Civil Veterinary Department. Central Provinces & Berar 1932-41 - 1932-1941
Year: 1932
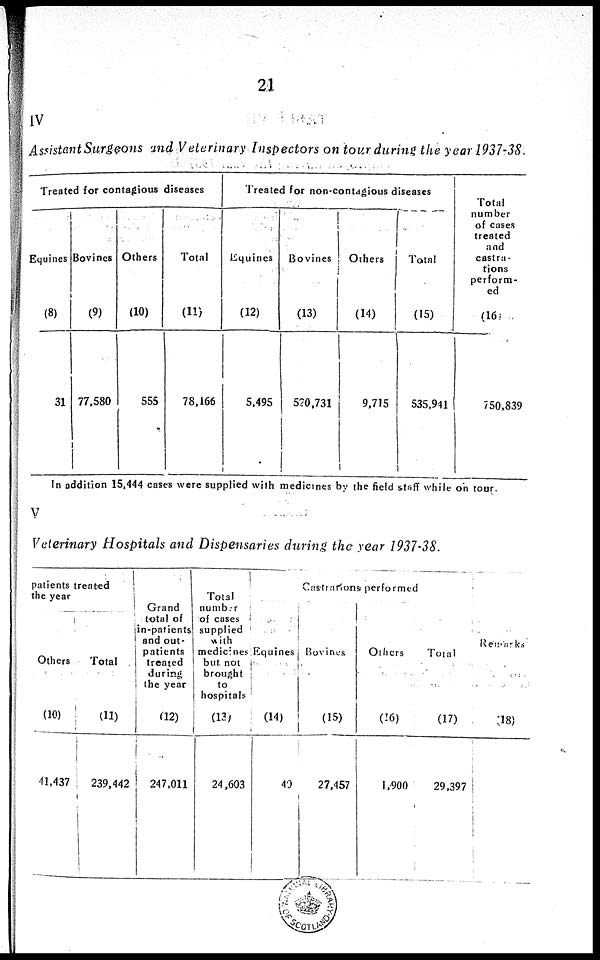
21
IV
Assistant Surgeons and Veterinary Inspectors on tour during the year 1937-38.
Treated for contagious diseases
Equines
(8)
31
Bovines
(9)
77,580
Others
(10)
555
Total
(11)
78,166
Treated for non-contagious diseases
Equines
(12)
5,495
Bovines
(13)
520,731
Others
(14)
9,715
Total
(15)
535,941
Total
number
of cases
treated
and
castra-
tions
perform-
ed
(16)
750,839
In addition 15,444 cases were supplied with medicines by the field staff while on tour.
V
Veterinary Hospitals and Dispensaries during the year 1937-38.
patients treated
the year
Others
(10)
41,437
Total
(11)
239,442
Grand
total of
in-patients
and out-
patients
treated
during
the year
(12)
247,011
Total
number
of cases
supplied
with
medicines
but not
brought
to
hospitals
(13)
24,603
Castrations performed
Equines
(14)
40
Bovines
(15)
27,457
Others
(16)
1,900
Total
(17)
29,397
Remarks
(18)